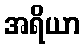
အရိယာ